Annual administration report of the Civil Veterinary Department of India - 1893-1894
Year: 1893
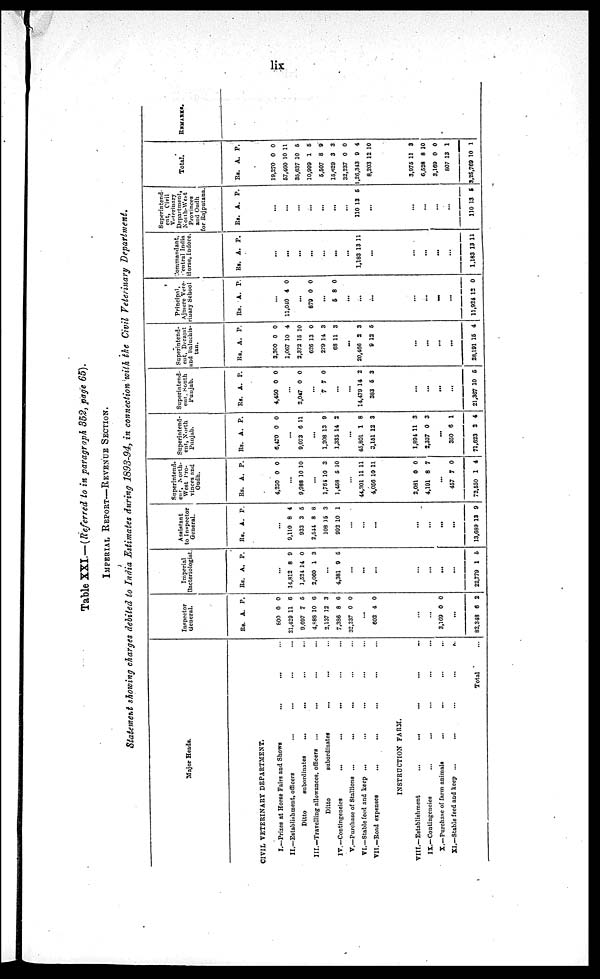
lix
Table XXI.—(Referred to in paragraph 352, page 65).
IMPERIAL REPORT—REVENUE SECTION.
Statement showing charges debited to India Estimates during 1893-94, in connection with the Civil Veterinary Department.
Major Heads.
CIVIL VETERINARY DEPARTMENT.
I.—Prizes at Horse Fairs and Shows ... ... ...
II.—Establishment, officers ... ... ... ...
Ditto
subordinates ... ... ... ...
III.—Travelling allowances, officers ... ... ... ...
Ditto
subordinates ... ... ...
IV.—Contingencies
... ... ... ... ...
V.—Purchase of Stallions ... ... ... ... ...
VI.—Stable feed and keep ... ... ... ... ...
VII.—Bond expenses
...
... ... ... ...
INSTRUCTION FARM.
VIII.—Establishment ... ... ... ... ...
IX.—Contingencies ... ... ... ... ...
X.—Purchase of farm animals ... ... ... ...
XI.—Stable feed and keep ... ... ... ...
Total ...
Inspector
General.
Rs. A. P.
800
21,429
9,697
4,888
2,137
7,386
32,237
0
11
7
10
12
8
0
0
6
5
6
3
6
0
...
602 4 0
...
...
3,169 0 0
...
82,348 6 2
Imperial
Bacteriologist.
Rs.
A. P.
...
14,812
1,524
2,060
8
14
1
9
0
3
...
4,381 9 5
...
...
...
...
...
...
...
22,779 1 6
Assistant
to Inspector
General.
Rs.
A. P.
...
9,110
933
2,544
108
992
8
3
8
15
10
4
5
8
3
1
...
...
...
...
...
...
...
13,689 13 9
Superintend.
ent, North-
west Pro-
vinces and
Oudh.
Rs. A. P.
4,250 0 0
...
9,988 10 10
...
1,764
1,458
10
5
3
10
...
44,301
4,056
11
10
11
11
2,081
4,191
0
8
0
7
...
457
72,550
7
1
0
4
Superintend-
ent, North
Punjab.
Rs.
A. P.
6,470 0 0
...
9,073 6 11
...
1,208
1,335
13
14
9
2
...
45,801
3,151
1
12
8
3
1,894
2,337
11
0
3
3
...
350
71,623
6
2
1
4
Superintend-
ent, South
Punjab.
Rs.
A. P.
4,450 0 0
2,047 0 0
...
7 7 0
...
...
14,479
383
14
5
2
3
...
...
...
...
21,367 10 5
Superintend-
ent, Derajat
and Baluchis-
tan.
Rs. A. P.
3,300
1,067
2,372
626
279
68
0
10
15
13
14
11
0
4
10
0
3
3
...
20,466
9
2
12
3
6
..
. ..
.
..
. ..
.
28,191 15 4
Principal,
Ajmere Vete-
rinary School.
Rs.
A. P.
...
11,040 4 0
...
879 0 0
...
5 8 0
...
...
...
...
...
...
...
11,924 12 0
Commandant,
Central India
Horse, Indore.
Rs. A. P.
...
...
...
...
...
...
...
1,183 13 11
...
...
...
...
...
1,183 13 11
Superintend-
ent,Civil
Veterinary
Department,
North-West
Provinces
and
Oudh
for
Rajputana.
Rs. A. P.
...
...
...
...
...
...
110 13 5
...
...
...
...
...
110 13 5
Total.
Rs. A. P.
19,270
57,460
35,637
10,999
5,507
15,629
32,237
1,26,343
8,203
0
10
10
1
8
3
0
9
12
0
11
5
5
9
3
0
4
10
3,975
6,528
3,169
807
3,25,769
11
8
0
13
10
3
10
0
1
1
REMARKS.